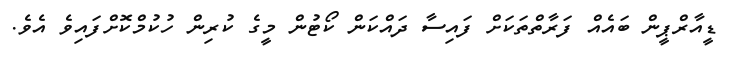
ޑީއާރްޕީން ބައެއް ފަރާތްތަކަށް ފައިސާ ދައްކަން ކޯޓުން މީގެ ކުރިން ހުކުމްކޮށްފައިވެ އެވެ.